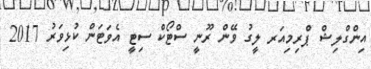
އިންގްލިޝް ޕްރިމިއަރ ލީގު ވޭން ރޫނީ ސްޓޯކް ސިޓީ އެވަޓަން ކުޅިވަރު 2017